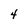
Character: 4